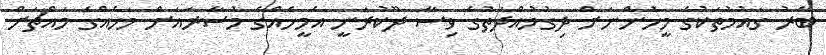
ބޭރު ގައުމުތަކުގެ މީހުންނަށް ދިގުމުއްދަތުގެ ވިސާ ދޫކުރަނީ އެމީހެއްގެ މުސާރައަށް މަހެއްގެ މައްޗަށް